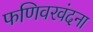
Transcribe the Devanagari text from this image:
फणिवरवंदना